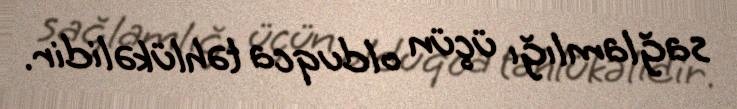
sağlamlığı üçün olduqca təhlükəlidir.